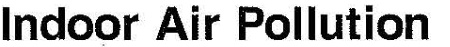
Indoor Air Pollution